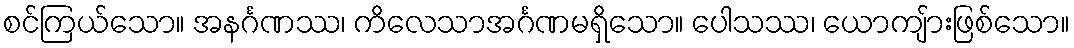
စင်ကြယ်သော။ အနင်္ဂဏဿ၊ ကိလေသာအင်္ဂဏမရှိသော။ ပေါသဿ၊ ယောကျ်ားဖြစ်သော။